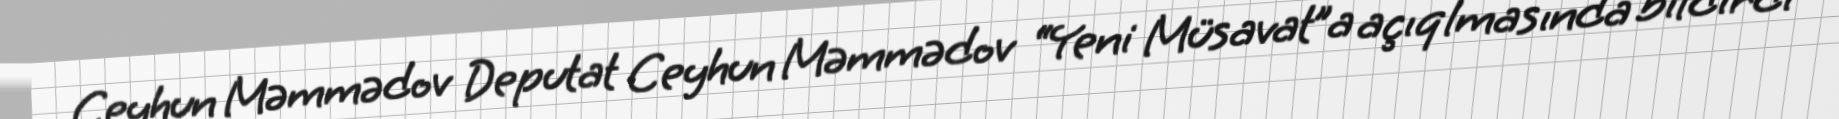
Ceyhun Məmmədov Deputat Ceyhun Məmmədov “Yeni Müsavat”a açıqlmasında bildirdi